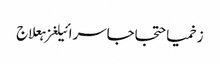
زخمیاحتجاجاسرائیلغزہعلاج